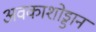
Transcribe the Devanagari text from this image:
अवकाशोड्डान